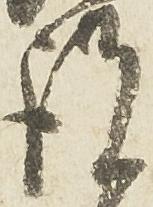
謹